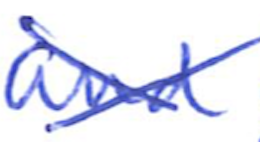
Text: and
Cross-out: cross
Writing tool: ballpoint